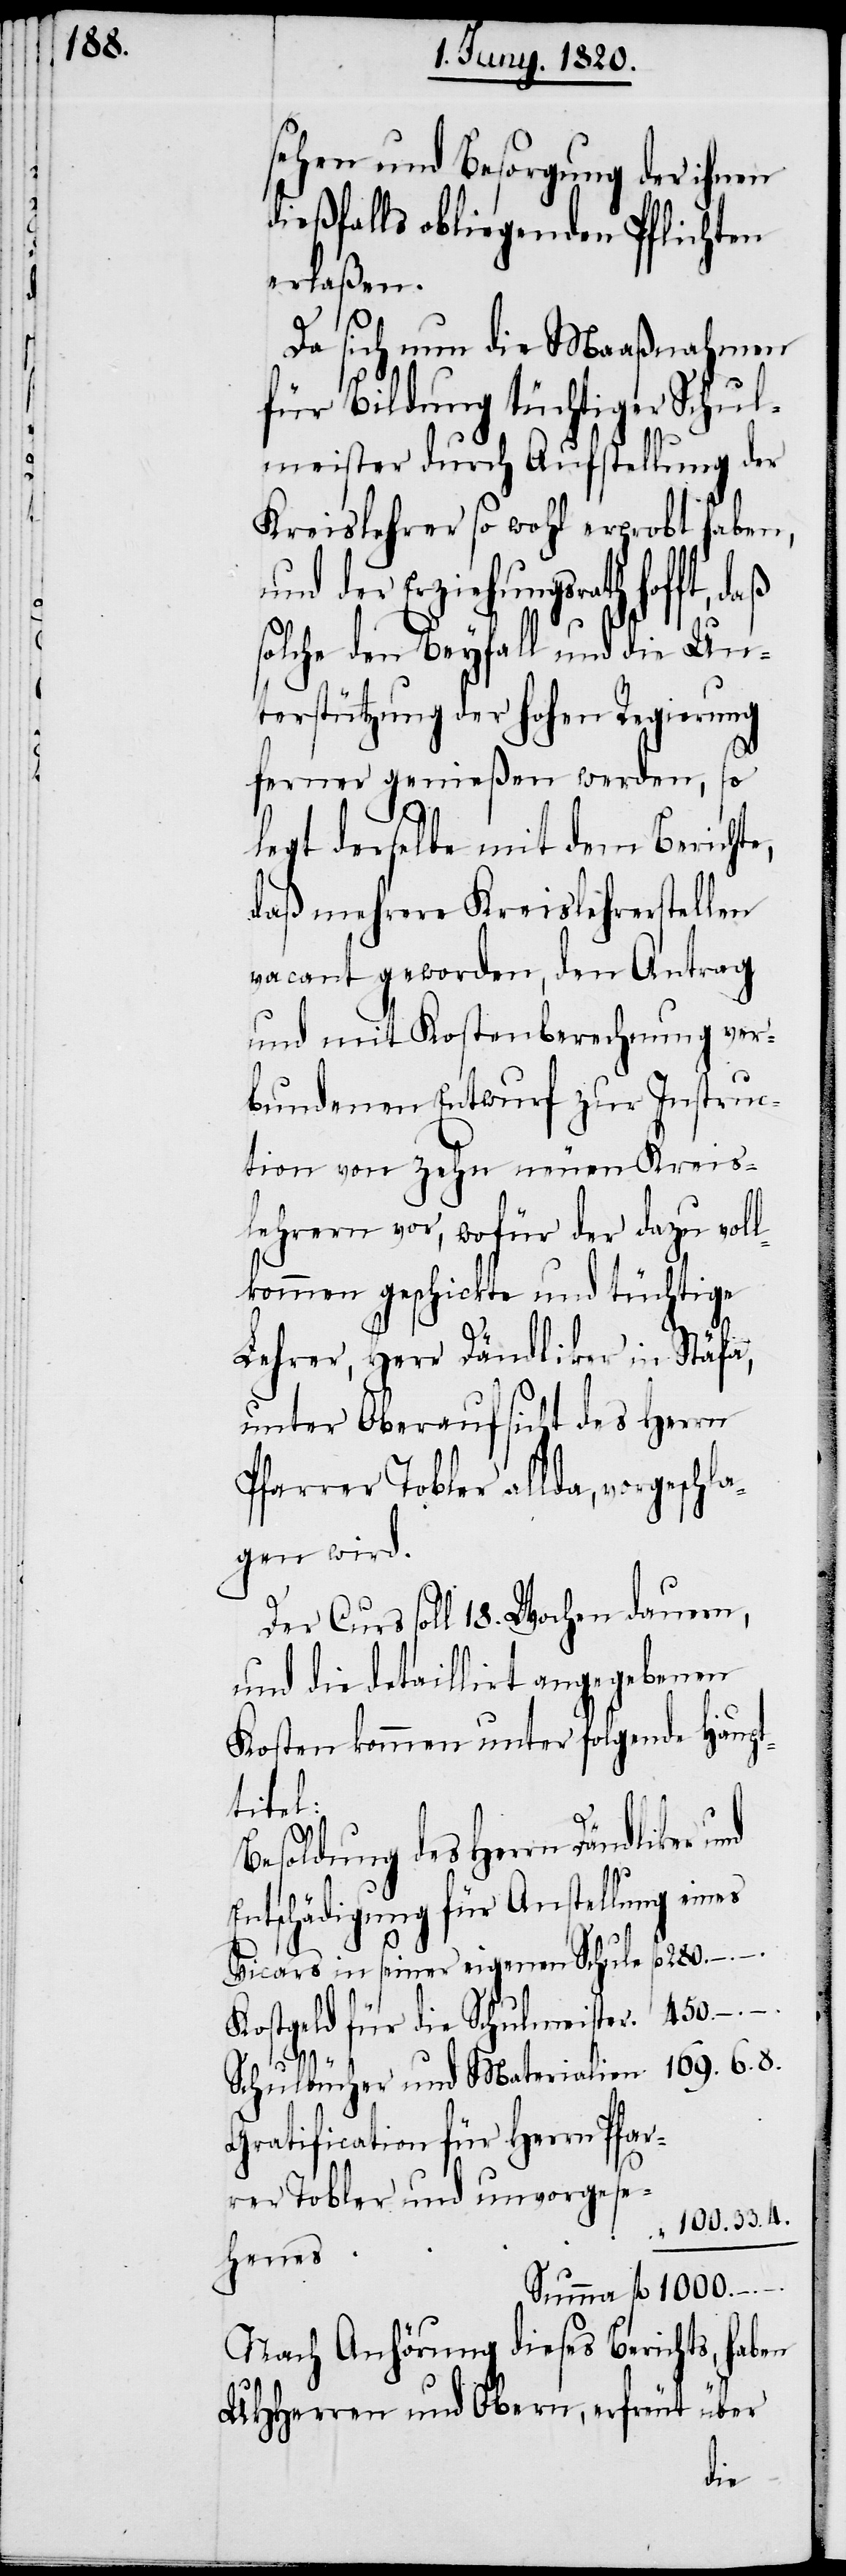
sehen und Besorgung der ihnen
dießfalls obliegenden Pflichten
erlaßen.
Da sich nun die Maaßnahmen
für Bildung tüchtiger Schul¬
meister durch Aufstellung der
Kreislehrer so wohl erprobt haben,
und der Erziehungsrath hofft,
solche den Beyfall und die Un¬
terstützung der hohen Regierung
ferner genießen werden, so
legt derselbe mit dem Berichte,
daß mehrere Kreislehrerstellen
vacant geworden, den Antrag
und mit Kostenberechnung ver¬
bundenen Entwurf zur Instruc¬
tion von zehn neuen Kreis¬
lehrern vor, wofür der dazu vol¬
lkommene geschickte und tüchtige
Lehrer, Herr Dändliker in Stäfa,
unter Oberaufsicht des Herrn
Pfarrer Tobler allda, vorgeschla¬
gen wird.
Der Curs soll 18. Wochen dauern,
und die detaillirt angegebenen
Kosten kommen unter folgende Haupt¬
titel:
Besoldung des Herrn Dändliker
Entschädigung für Anstellung eines
Vicars in seiner eigenen Schule 			fl
Kostgeld für die Schulmeister	 450.
100.33.4
Schulbücher und Materialien	 169.6.8
Gratification für Herrn Pfar¬
Summa fl 1000.
Nach Anhörung dieses Berichts, haben
UHherren und Obern, erfreut über